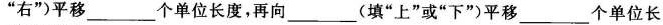
”右”)平移___个单位长度，再向___(填”上”或”下”)平移___个单位长